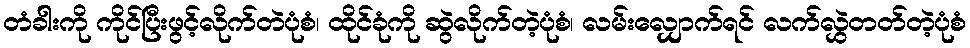
တံခါးကို ကိုင်ပြီးဖွင့်လိုက်တဲပုံစံ၊ ထိုင်ခုံကို ဆွဲလိုက်တဲ့ပုံစံ၊ လမ်းလျှောက်ရင် လက်လွှဲတတ်တဲ့ပုံစံ